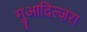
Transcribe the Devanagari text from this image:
गुआदिल्ज़रा